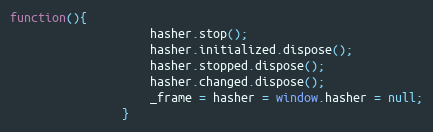
Language: JavaScript
function(){
					hasher.stop();
					hasher.initialized.dispose();
					hasher.stopped.dispose();
					hasher.changed.dispose();
					_frame = hasher = window.hasher = null;
				}